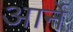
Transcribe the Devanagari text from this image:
आर्ने